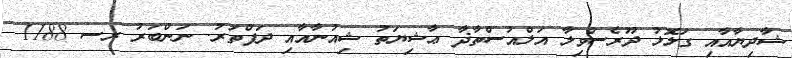
ޝާދިޔާއާއި ގަލޮޅު ދޫރެސްވިލާ އަލްއުސްތާޛާ ޢާޝިޔަތު ޝިއުނާއާއި ދަފްތަރު. ނަންބަރު ރސ 1188